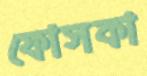
ফোসকা